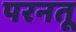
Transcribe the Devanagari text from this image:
परनतू